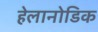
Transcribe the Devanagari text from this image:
हेलानोडिक